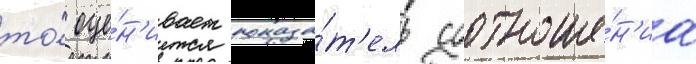
то́ оце́н'ивает показа́т'ель соотноше́н'иа